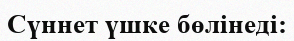
Сүннет үшке бөлінеді: